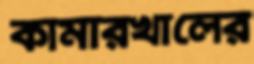
কামারখালের